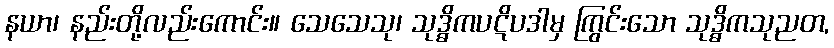
နယာ၊ နည်းတို့လည်းကောင်း။ သေသေသု၊ သုဒ္ဓိကပဋိပဒါမှ ကြွင်းသော သုဒ္ဓိကသုညတ,